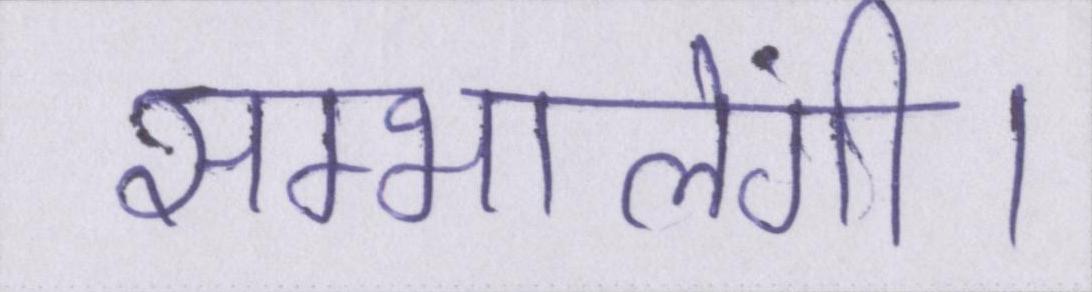
सम्भालेंगी।